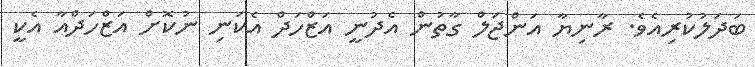
ބަދަލުކުރިއެވެ. ރާނިޔާ އަންޖަލް ގާތުން އެދުނީ އަޒްހަދް އެކަނި ނުކޮށް އަޒްހަދްއާ އެކީ